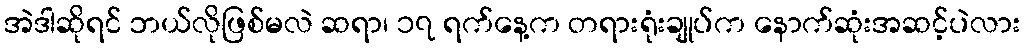
အဲဒါဆိုရင် ဘယ်လိုဖြစ်မလဲ ဆရာ၊ ၁၇ ရက်နေ့က တရားရုံးချုပ်က နောက်ဆုံးအဆင့်ပဲလား